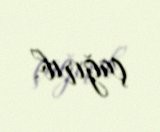
çağırıb.